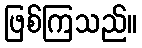
ဖြစ်ကြသည်။